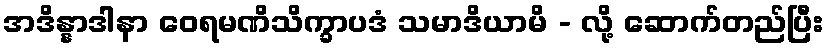
အဒိန္နာဒါနာ ဝေရမဏိသိက္ခာပဒံ သမာဒိယာမိ - လို့ ဆောက်တည်ပြီး